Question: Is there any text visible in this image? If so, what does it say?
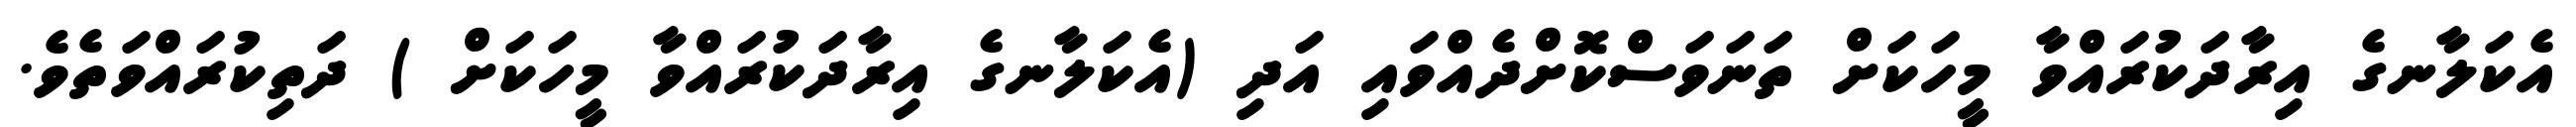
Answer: އެކަލާނގެ އިރާދަކުރައްވާ މީހަކަށް ތަނަވަސްކޮށްދެއްވައި އަދި (އެކަލާނގެ އިރާދަކުރައްވާ މީހަކަށް ) ދަތިކުރައްވަތެވެ.